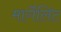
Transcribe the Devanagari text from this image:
मार्गेलिट